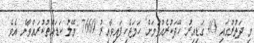
މި ދަތުރުގައި 40 ގަޑިއިރު ހޭދަކުރެއްވުމަށް ހަމަޖެހިފައިވާއިރު 7660 މޭލު ކަޑައްތުކުރައްވާނެ އެވެ.